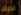
لديك